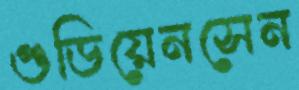
গুডিয়েনসেন